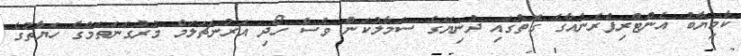
ކާމިޔާބު އެންޓްރިޕްރެނުއާގެ ގޮތުގައި ދުނިޔޭގެ ސަމާލުކަން ވެސް ހޯދި އަރުނަޗަލަމް މުރުގަނަތަމްގެ ހަޔާތުގެ